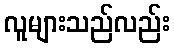
လူများသည်လည်း